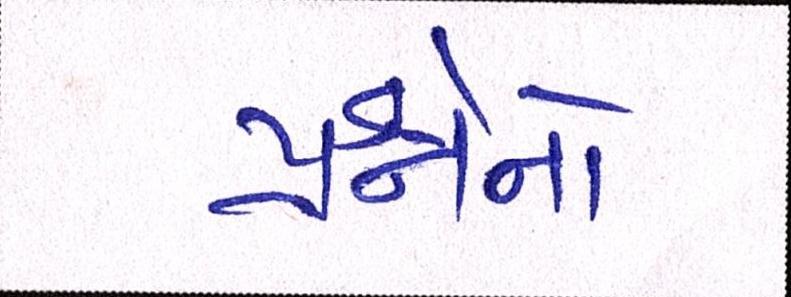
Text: પ્રશ્નોનો